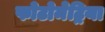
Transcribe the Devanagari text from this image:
फोटोमेट्रिया